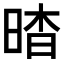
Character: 𣇿